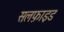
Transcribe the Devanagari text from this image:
सलफ़ाइड